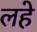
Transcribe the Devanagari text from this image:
लहे